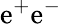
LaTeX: \mathrm{e}^{+}\mathrm{e}^{-}